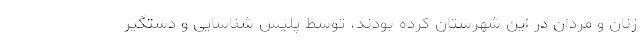
زنان و مردان در این شهرستان کرده بودند، توسط پلیس شناسایی و دستگیر